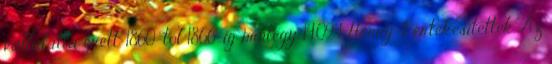
vállalattá érett. 1860-tól 1866-ig mintegy 14.094 Henry-t értékesítettek. Az